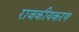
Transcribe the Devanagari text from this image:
राजकीयकरण